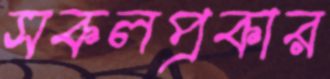
সকলপ্রকার